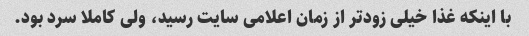
با اینکه غذا خیلی زودتر از زمان اعلامی سایت رسید، ولی کاملا سرد بود.